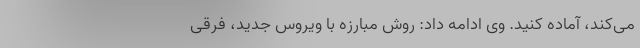
می‌‌کند، آماده کنید. وی ادامه داد: روش مبارزه با ویروس جدید، فرقی